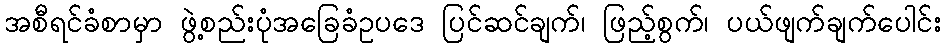
အစီရင်ခံစာမှာ ဖွဲ့စည်းပုံအခြေခံဥပဒေ ပြင်ဆင်ချက်၊ ဖြည့်စွက်၊ ပယ်ဖျက်ချက်ပေါင်း